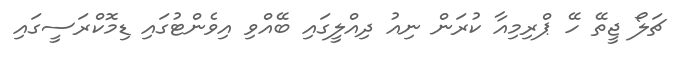
ޗަލޯ ޖީތޭ ހޭ ޕްރިމިއާ ކުރަން ނިއު ދިއްލީގައި ބޭއްވި އިވެންޓުގައި ޑިމޮކްރަސީގައި